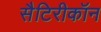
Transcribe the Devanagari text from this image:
सैटिरीकॉन